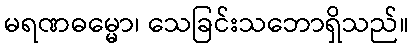
မရဏဓမ္မော၊ သေခြင်းသဘောရှိသည်။